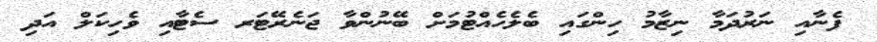
ފެނާއި ނަރުދަމާ ނިޒާމު ހިންގައި ބެލެހެއްޓުމަށް ބޭނުންވާ ޖަނެރޭޓަރ ސެޓާއި ވެހިކަލް އަދި